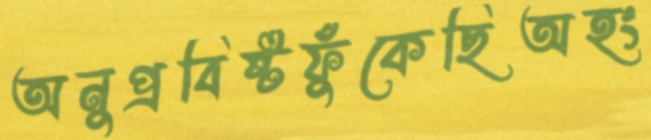
অনুপ্রবিষ্টফুঁকেছিঅহং